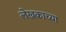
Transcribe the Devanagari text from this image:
लेखकाच्‍या